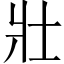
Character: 壯